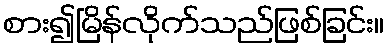
စား၍မြိန်လိုက်သည်ဖြစ်ခြင်း။